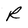
Character: R